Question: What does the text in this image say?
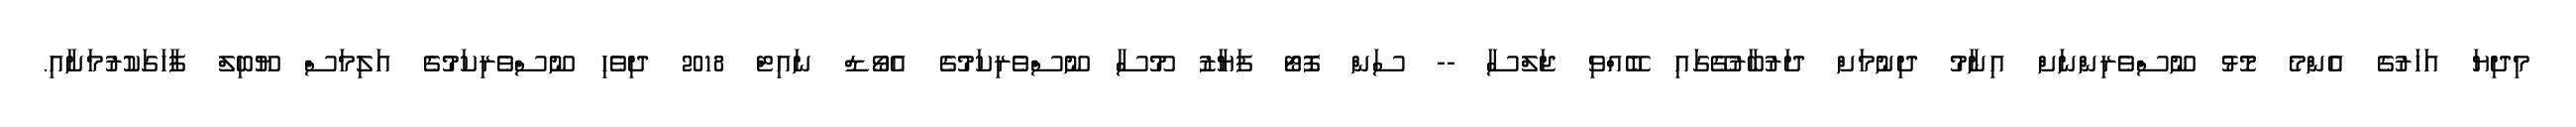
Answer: މިދިޔަ އަހަރުގެ އެންމެ މޮޅު ނޫސްވެރިންނަށް އިނާމު ދިނުމަށް ދަރުބާރުގޭގައި ބޭއްވި ޖަލްސާ -- ސަން ފޮޓޯ ފަޔާޒު މޫސާ ނޫސްވެރިކަމުގެ އެވޯޑް ނައިޓް 2018 ދިވެހި ނޫސްވެރިކަމުގެ އަލިމަސް ޔޫބިލް ފާހަގަކުރުމަށާއި.